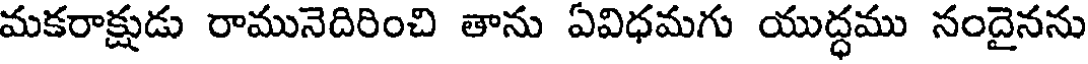
మకరాక్షుడు రామునెదిరించి తాను ఏవిధమగు యుద్ధము నందైనను